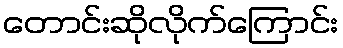
တောင်းဆိုလိုက်ကြောင်း